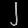
Digit: ၂